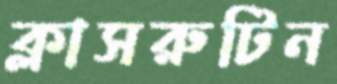
ক্লাসরুটিন